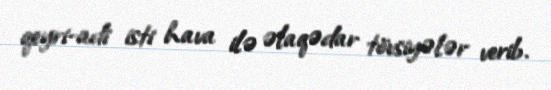
qeyri-adi isti hava ilə əlaqədar tövsiyələr verib.